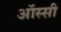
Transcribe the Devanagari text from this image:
ऑस्सी